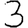
Digit: 3